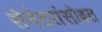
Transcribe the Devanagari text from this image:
सेनेटरांसोबत